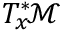
T _ { x } ^ { * } \! { \mathcal { M } }